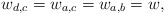
\begin{align*}w_{d, c} =w_{a, c} = w_{a, b} = w,\end{align*}